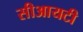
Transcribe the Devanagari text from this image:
सीआयटी